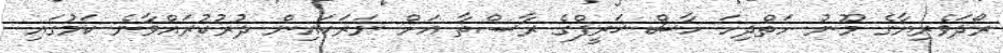
ރޯދަވެރިޔާގެ މޫނު ހަތްދިހަ ހާސް ޚަރީފްގެ ރާސްތާ އަށް ނަރަކައިން ދުރުކުރައްވާނެ ކަމުގައި